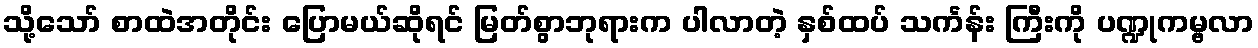
သို့သော် စာထဲအတိုင်း ပြောမယ်ဆိုရင် မြတ်စွာဘုရားက ပါလာတဲ့ နှစ်ထပ် သင်္ကန်း ကြီးကို ပဏ္ဍုကမ္ဗလာ